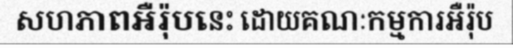
សហភាពអឺរ៉ុបនេះ ដោយគណៈកម្មការអឺរ៉ុប